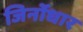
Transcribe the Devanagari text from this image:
जिर्नोधार